Vital statistics of India. Vol. VI, European troops 1870-79
Year: 1870
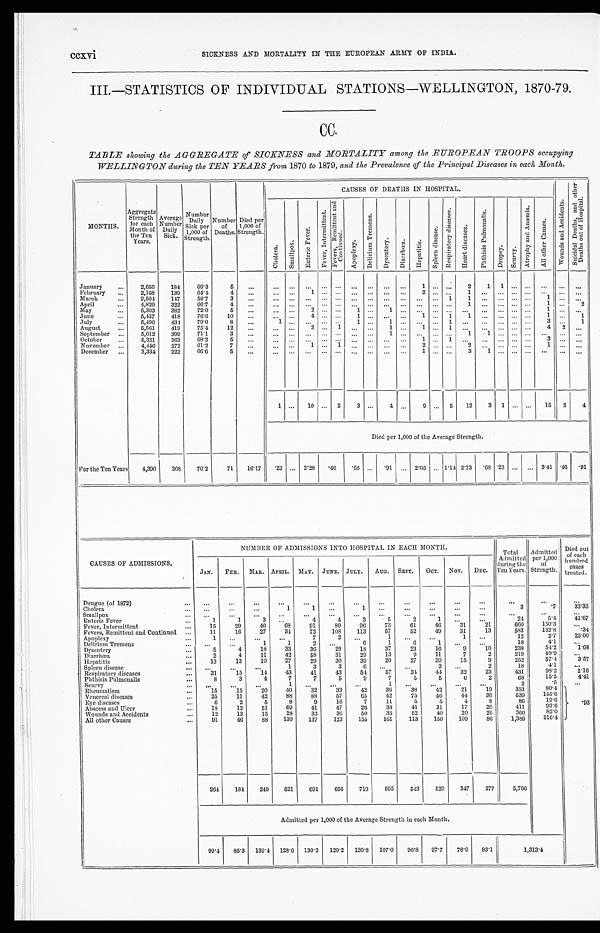
CCXVI
SICKNESS AND MORTALITY IN THE EUROPEAN ARMY OF INDIA.
III.—STATISTICS OF INDIVIDUAL STATIONS—WELLINGTON, 1870-79.
CC.
TABLE showing the AGGREGATE of SICKNESS and MORTALITY among the EUROPEAN TROOPS occupying
WELLINGTON during the TEN YEARS from 1870 to 1879, and the Prevalence of the Principal Diseases in each Month.
M O N T H S .
Aggregate
Strength
for each
Month of
the Ten
Years.
Average Number Dai l y Si ck.
Number
Daily •
Sick per
1,000 of
Strength.
Number
of
Deaths.
Died per
1,000 of
Strength.
CAUSES OF DEATHS IN HOSPITAL.
W o u n d s a n d A c c i d e n t s .
S u i c i d a l D e a t h s , a n d o t h e r D e a t h s o u t o f H o s p i t a l .
C h o l e r a .
S ma l l p o x .
E n t e r i c F e v e r .
F e v e r , I n t e r mi t t e n t .
F e v e r s , R e m i t t e n t a n d C o n t i n u e d .
A p o p l e x y .
D e l i r i u m T r e m e n s .
D y s e n t e r y . D i a r r h œ a .
H e p a t i t i s .
S p l e e n d i s e a s e .
R e s p i r a t o r y d i s e a s e s .
H e a r t d i s e a s e s .
P h t h i s i s P u l m o n a l i s .
D r o p s y .
S e u r v y .
A t r o p h y a n d A n æ m i a .
A l l o t h e r C a u s e s .
January
2 , 6 5 6
1 8 4
6 9 . 3
5
. . .
. . .
. . .
. . .
. . .
. . .
. . .
. . .
. . .
. . .
1
. . .
. . .
2
1
1
. . .
. . .
. . .
. . . . . .
February
2 , 1 5 8
1 3 9
6 4 . 4
4
. . . . . .
. . .
1
. . .
. . .
. . . . . .
. . . . . .
2
. . .
. . .
1
. . . . . .
. . .
. . .
. . .
. . .
. . .
M arch
2 , 5 0 4
1 4 7
5 8 . 7
3
. . . . . .
. . .
. . .
. . .
. . .
. . .
. . .
. . .
. . .
. . .
. . .
1
1
. . . . . .
. . . . . .
1
. . .
. . .
April
4 , 8 2 9
3 2 2
6 6 . 7
4
. . . . . .
. . .
. . .
. . .
. . .
. . . . . .
. . .
. . .
. . .
. . . . . .
1
. . .
. . .
. . .
. . .
1
. . .
2
May
5 , 3 0 3
3 8 2
7 2 . 0
5
. . . . . .
. . .
2
. . .
. . .
1
. . .
1 . . .
. . . . . .
. . .
. . .
. . . . . .
. . .
. . .
1
. . .
. . .
June
5 , 4 5 7
4 1 8
7 6 . 6
1 0
. . .
. . .
. . .
4
. . .
. . .
1
. . .
. . . . . .
1 . . .
1
1
. . .
. . .
. . .
. . .
1
. . .
1
July
5 , 4 9 6
4 3 4
7 9 . 0
8
. . .
1
. . .
. . .
. . .
. . .
1 . . .
1
. . .
. . . . . .
1
. . .
. . . . . .
. . .
. . .
3
. . .
1
August
5 , 5 6 1
4 1 9
7 5 . 4
1 2
. . .
. . .
. . .
2
. . .
1
. . .
. . .
1
. . .
1
. . .
1
. . .
. . . . . .
. . .
. . .
4
2
. . .
September
5 , 6 1 2
3 9 9
7 1 . 1
3
. . . . . .
. . .
. . .
. . .
. . .
. . .
. . .
1 . . .
. . . . . .
. . .
1
1 . . .
. . .
. . .
. . .
. . .
. . .
October
5 , 3 2 1
3 6 3
6 8 . 2
5
. . .
. . .
. . .
. . .
. . .
. . .
. . .
. . .
. . .
. . .
1 . . .
1
. . .
. . . . . .
. . .
. . .
3
. . .
. . .
November
4 , 4 4 6
2 7 2
6 1 . 2
7
. . .
. . .
...
1
. . .
1
...
...
. . .
. . .
2 . . .
. . .
2
. . .
. . .
. . .
. . .
1
. . .
. . .
December
3 , 3 3 4
2 2 2
6 6 . 6
5
. . .
. . .
. . .
. . .
. . .
. . .
. . .
. . .
. . .
. . .
1 . . .
. . .
3
1 . . .
. . .
. . .
. . .
. . .
. . .
1
. . .
1 0
. . .
2
3
. . .
4 . . .
9 . . .
5
1 2
3
1
. . .
. . .
1 5
2
4
D i e d p e r 1 , 0 0 0 o f t h e A v e r a g e S t r e n g t h .
F o r t h e T e n Y e a r s .
4 , 3 9 0
3 0 8
7 0 . 2
7 1
1 6 . 1 7
. 2 3
. . .
2 . 2 8
. 4 6
. 6 8 . . .
. 9 1 . . .
2 . 0 5
. . .
1 . 1 4
2 . 7 3
. 6 8 . 2 3
. . .
. . .
3 . 4 1
. 4 6
. 9 1
CAUSES OF ADMISSIONS.
NUMBER OF ADMISSIONS INTO HOSPITAL IN EACH MONTH.
Total
Tot al Admi t t ed dur i ng t he Ten Year s .
Admi t t ed per 1, 000 of St rengt h. Died out
of each
hundred.
cases
treated.
JAN.
FEB. MAR. APRIL. MAY. JUNE. JULY. AUG. SEPT. OCT. NOV. DEC.
Dengue (of 1872)
. . .
. . .
. . .
. . .
. . .
. . .
. . .
. . .
. . .
. . .
. . .
. . .
. . .
. . .
. . .
Cholera
. . .
. . .
. . .
1
1
. . .
1
. . .
. . .
. . .
. . .
. . .
3
. 7
3 3 . 3 3
Smallpox
. . .
. . .
. . .
. . .
. . .
. . .
. . .
. . .
. . .
. . .
. . .
. . .
. . .
. . .
. . .
Enteric Fever
1
1
3
. . .
4
4
3
5
2
1
. . .
. . .
2 4
5 . 4
4 1 . 6 7
Fever, Intermittent
1 5
2 9
4 0
6 8
9 1
8 9
9 6
7 3
6 1
4 6
3 1
2 1
6 6 0
1 5 0 . 3
. . .
Fevers, Remittent and Continued
1 1
1 6
2 7
3 4
7 2
1 0 8
1 1 3
5 7
5 2
4 9
3 1
1 3
5 8 3
1 3 2 . 8
. 3 4
Apoplexy
1
. . .
. . .
. . .
7
2
. . .
1
. . .
. . .
1
. . .
1 2
2 . 7
2 5 . 0 0
Delirium Tremens
. . .
. . .
1
1
2
. . .
6
1
6
1
. . .
. . .
1 8
4 . 1
. . .
Dysentery
5
4
1 8
3 3
3 6
2 9
1 8
3 7
2 3
1 6
9
1 0
2 3 8
5 4 . 2
1 . 6 8
Diarrhœa
2
4
1 1
4 2
5 8
3 1
2 9
1 3
9
1 1
7
2
2 1 9
4 9 . 9
. . .
Hepatitis
1 3
1 3
1 0
2 7
2 9
3 0
3 9
2 0
2 7
2 0
1 5
9
2 5 2
5 7 . 4
3 . 5 7
Spleen disease
. . .
. . .
. . .
1
3
3
6
. . .
. . .
3
. . .
2
1 8
4 . 1
. . .
Respiratory diseases
3 1
1 5
1 4
4 3
4 1
4 3
5 4
5 7
3 4
4 4
3 2
2 3
4 3 1
9 8 . 2
1 . 1 6
Phthisis Pulmonalis
8
3
4
7
7
5
9
7
5
5
6
2
6 8
1 5 . 5
4 . 4 1
Seurvy
. . .
. . .
. . .
1
. . .
. . .
. . .
1
. . .
. . .
. . .
. . .
2
. 5
. . .
. . .
. 9 3
Rheumatism
1 5
1 5
2 0
4 0
3 2
3 3
4 2
3 6
3 8
4 2
2 1
1 9
3 5 3
8 0 . 4
Venereal diseases
3 5
1 1
4 2
8 8
8 8
5 7
6 5
4 2
7 5
5 6
4 4
3 6
6 3 9
1 4 5 . 6
Eye diseases
6
2
5
8
9
1 6
7
1 1
5
5
4
8
8 6
1 9 . 6
Abscess and Ulcer
1 8
1 2
5 1
6 9
4 1
4 7
2 6
3 8
4 1
3 1
1 7
2 0
4 1 1
9 3 . 6
Wounds and Accidents
1 2
1 3
1 5
2 8
3 3
3 6
5 0
3 5
5 2
4 0
2 0
2 6
3 6 0
8 2 . 0
All other Causes
9 1
4 6
8 8
1 3 0
1 3 7
1 2 3
1 5 5
1 6 1
1 1 3
1 5 0
1 0 9
8 6
1 , 3 8 9
3 1 6 . 4
2 6 4
1 8 4
3 4 9
6 2 1
6 9 1
6 5 6
7 1 9
5 9 5
5 4 3
5 2 0
3 4 7
2 7 7
5 , 7 6 6
Admitted per 1,000 of the Average Strength in each Month.
9 9 . 4
8 5 . 3
1 3 9 . 4
1 2 8 . 6
1 3 0 . 3
1 2 0 . 2
1 3 0 . 8
1 0 7 . 0
9 6 . 8
9 7 . 7
7 8 . 0
8 3 . 1
1 , 3 1 3 . 4